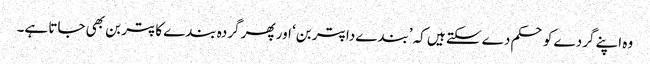
وہ اپنے گردے کو حکم دے سکتے ہیں کہ ’بندے دا پتر بن‘ اور پھر گردہ بندے کا پتر بن بھی جاتا ہے۔